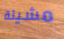
مشيئة